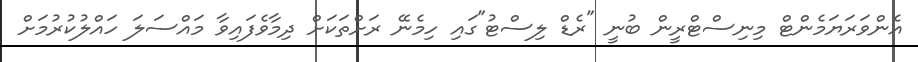
އެންވަރަޔަމެންޓް މިނިސްޓްރީން ބުނީ "ރެޑް ލިސްޓު"ގައި ހިމެނޭ ރަށްތަކަށް ދިމާވެފައިވާ މައްސަލަ ހައްލުކުރުމަށް